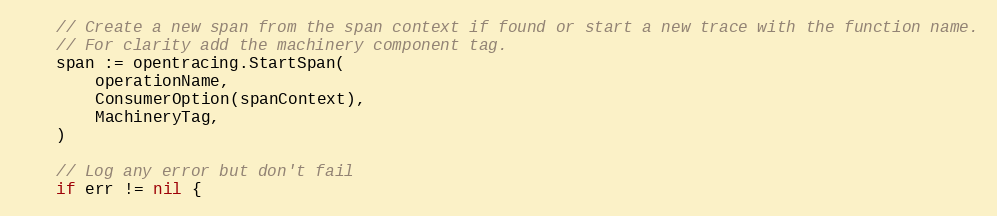
Language: Go
	// Create a new span from the span context if found or start a new trace with the function name.
	// For clarity add the machinery component tag.
	span := opentracing.StartSpan(
		operationName,
		ConsumerOption(spanContext),
		MachineryTag,
	)

	// Log any error but don't fail
	if err != nil {